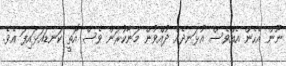
ނޫން އެހެން އެއްވެސް އުޅަނދެއް ދުއްވުން މަނާކުރަން ވެސް އޮތީ ކަނޑައަޅައިފަ އެވެ.